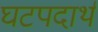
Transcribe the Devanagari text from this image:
घटपदार्थ